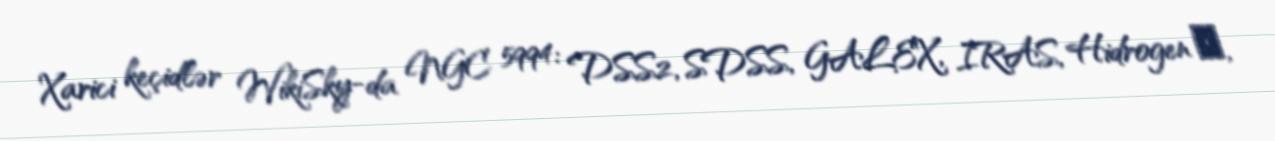
Xarici keçidlər WikiSky-da NGC 5994: DSS2, SDSS, GALEX, IRAS, Hidrogen α,